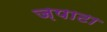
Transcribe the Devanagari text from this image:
ज़पाटा